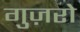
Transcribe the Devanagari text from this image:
गुज़रो